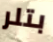
بتلر